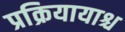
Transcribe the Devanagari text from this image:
प्रक्रियायाश्च